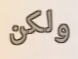
ولكن